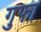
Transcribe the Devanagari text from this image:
गुफा़